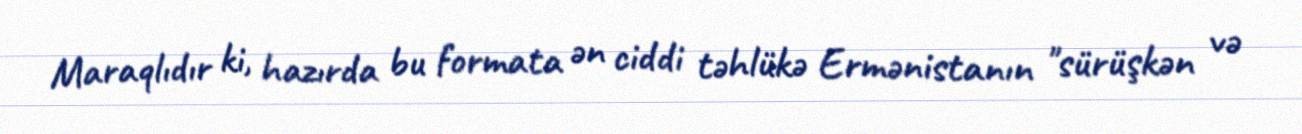
Maraqlıdır ki, hazırda bu formata ən ciddi təhlükə Ermənistanın "sürüşkən və